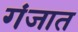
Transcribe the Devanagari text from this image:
गंजात